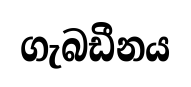
ගැබඩීනය